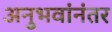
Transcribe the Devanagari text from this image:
अनुभवांनंतर